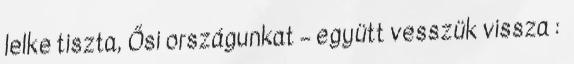
lelke tiszta, Ősi országunkat – együtt vesszük vissza :